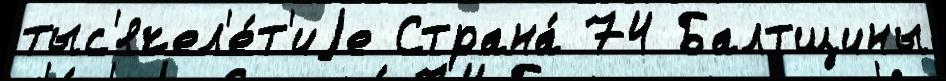
тыс'ячел'е́т'иjе Страна́ 74 Балтщины